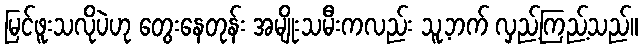
မြင်ဖူးသလိုပဲဟု တွေးနေတုန်း အမျိုးသမီးကလည်း သူ့ဘက် လှည့်ကြည့်သည်။